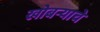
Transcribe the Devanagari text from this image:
खोबर्‍याचे